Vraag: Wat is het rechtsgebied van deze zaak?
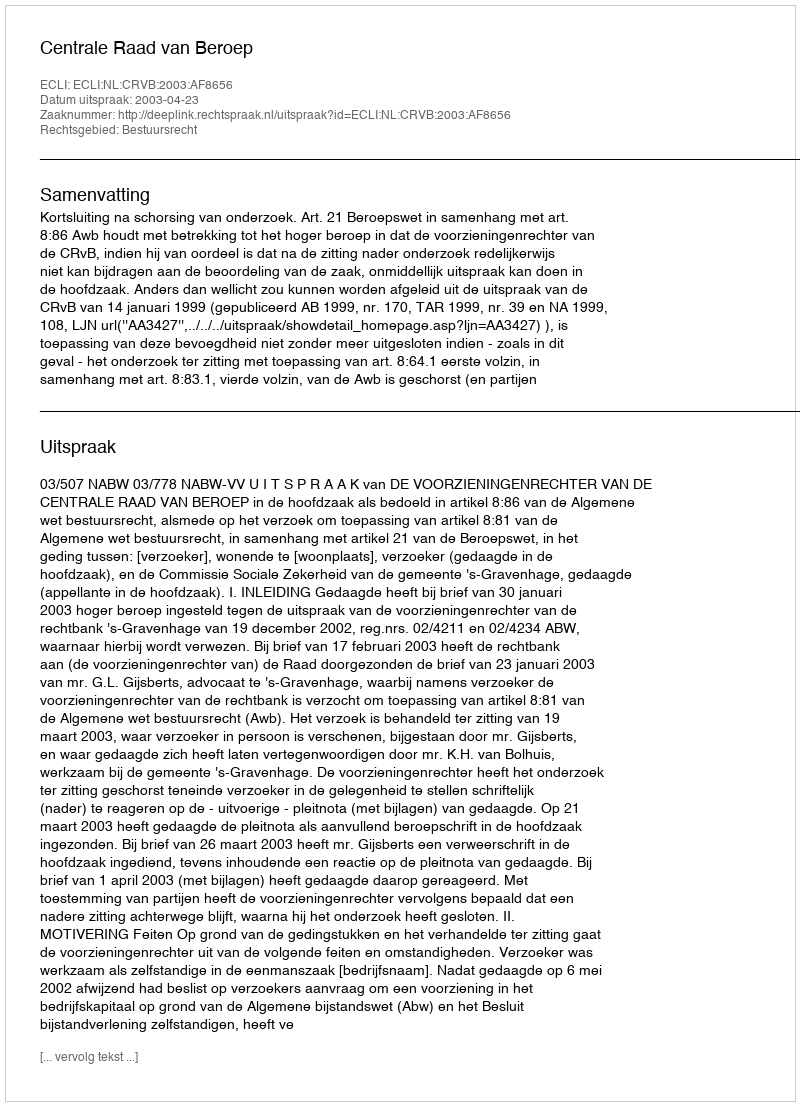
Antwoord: Bestuursrecht